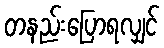
တနည်းပြောရလျှင်